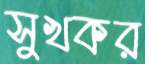
সুখকর